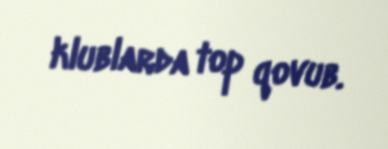
klublarda top qovub.